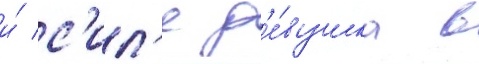
и́ с'ил'е д'е́вушка в